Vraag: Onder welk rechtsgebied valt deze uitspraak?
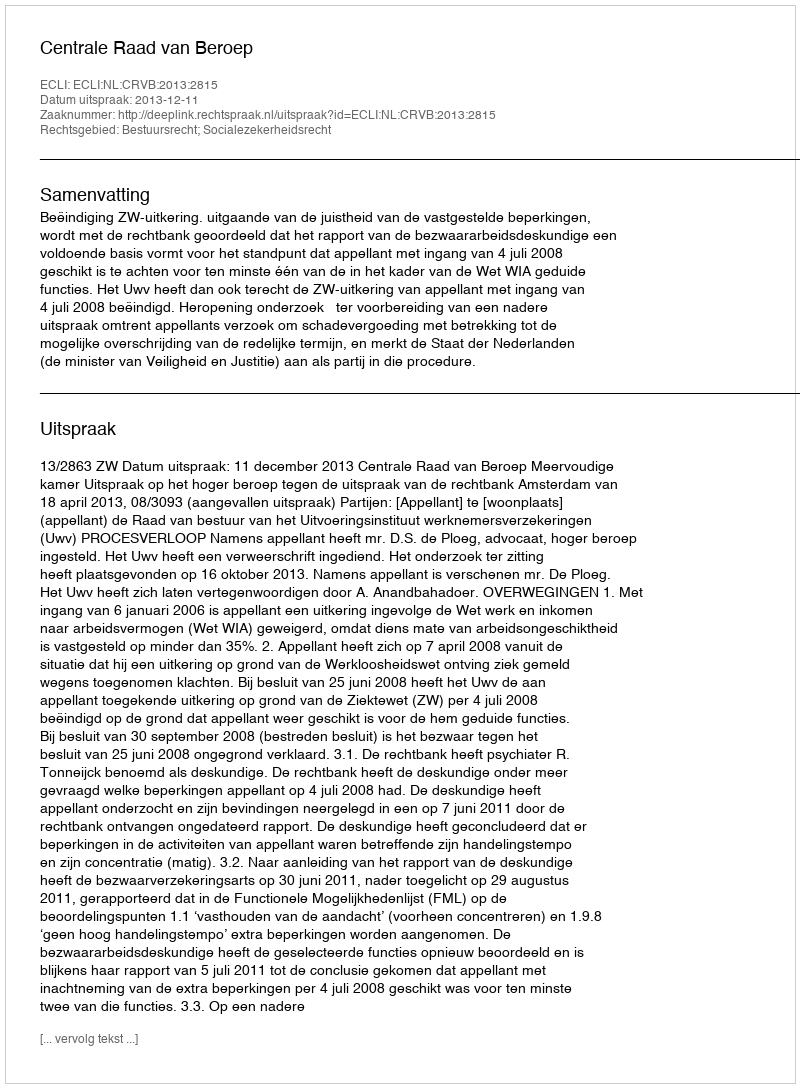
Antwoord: Bestuursrecht; Socialezekerheidsrecht